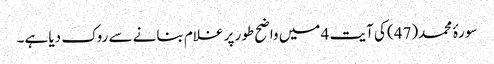
سورۂ محمد(47) کی آیت 4 میں واضح طور پر غلام بنانے سے روک دیا ہے۔